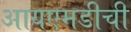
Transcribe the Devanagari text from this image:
आयएमडीची